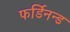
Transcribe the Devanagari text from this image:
फर्डिनन्ड